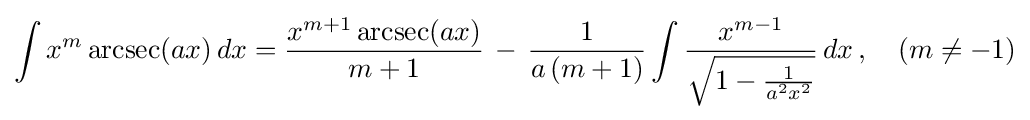
\int x^{m}\operatorname {arcsec}(ax)\,dx={\frac {x^{m+1}\operatorname {arcsec}(ax)}{m+1}}\,-\,{\frac {1}{a\,(m+1)}}\int {\frac {x^{m-1}}{\sqrt {1-{\frac {1}{a^{2}x^{2}}}}}}\,dx\,,\quad (m\neq -1)